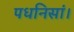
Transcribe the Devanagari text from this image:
पधनिसां।